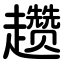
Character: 趱